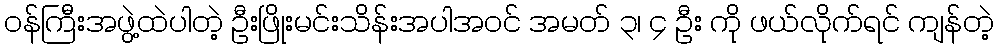
ဝန်ကြီးအဖွဲ့ထဲပါတဲ့ ဦးဖြိုးမင်းသိန်းအပါအဝင် အမတ် ၃၊ ၄ ဦး ကို ဖယ်လိုက်ရင် ကျန်တဲ့